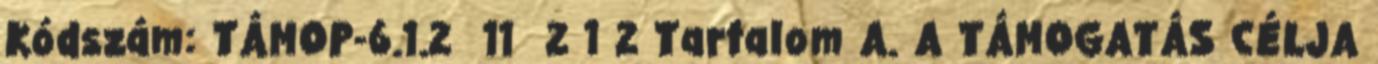
Kódszám: TÁMOP-6.1.2 11 2 1 2 Tartalom A. A TÁMOGATÁS CÉLJA